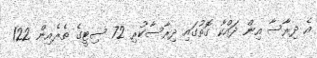
އެ ދިރާސާ އިން ދައްކާ ގޮތުގައި ދިރާސާކުރި 72 ސިޓީގެ ތެރެއިން 122